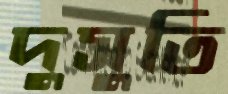
দুসুতি